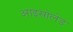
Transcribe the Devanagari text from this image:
आइसोलेड